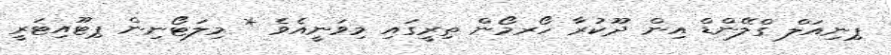
ޕިނިއަލް ގްލޭންޑް އިން ދޫކުރާ ހޯރމޯން ތިރީގައި މިވަނީއެވެ * މިލަޓޯނިން ޕިޓޫއިޓަރީ